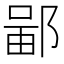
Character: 𫑣